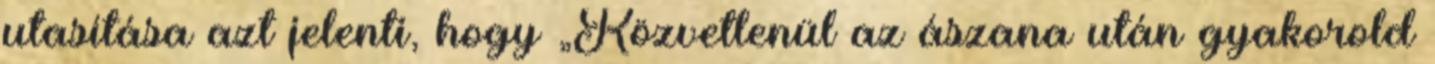
utasítása azt jelenti, hogy „Közvetlenül az ászana után gyakorold